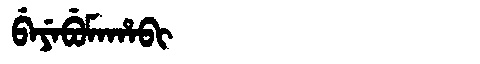
Manchu: ᠪᡝᠶᡝᠪᡠᠮᠠᡥᠠᠪᡳ
Romanization: BEYEBUMAHABI